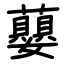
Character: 蘡